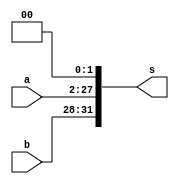
`timescale 1ns / 1ps
//////////////////////////////////////////////////////////////////////////////////
// Company: 
// Engineer: 
// 
// Design Name: 
// Module Name: jump
// Project Name: 
// Target Devices: 
// Tool Versions: 
// Description: 
// 
// Dependencies: 
// 
// Revision:
// Revision 0.01 - File Created
// Additional Comments:
// 
//////////////////////////////////////////////////////////////////////////////////


module jump(
    input [25:0] a,
    input [3:0] b,

    output [31:0] s
    );
    assign s[31:28] = b;
    assign s[27:0] = a<<2;
endmodule